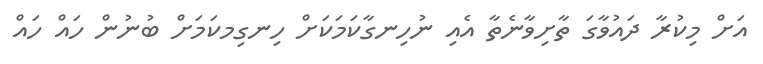
އަށް މިކުރާ ދައުވާގަ ތާށިވާނެތާ އެއި ނުހިނގާކަމަކަށް ހިނގިމކަމަށް ބުނުން ހައް ހައް